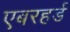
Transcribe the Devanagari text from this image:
एबरहर्ड